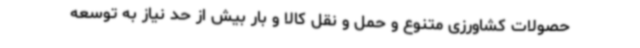
حصولات کشاورزی متنوع و حمل و نقل کالا و بار بیش از حد نیاز به توسعه